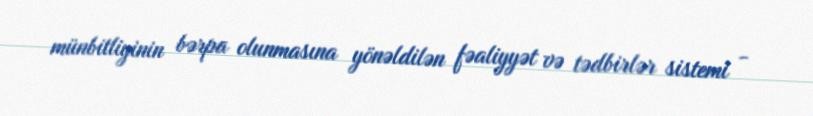
münbitliyinin bərpa olunmasına yönəldilən fəaliyyət və tədbirlər sistemi -